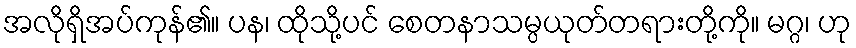
အလိုရှိအပ်ကုန်၏။ ပန၊ ထိုသို့ပင် စေတနာသမ္ပယုတ်တရားတို့ကို။ မဂ္ဂ၊ ဟု